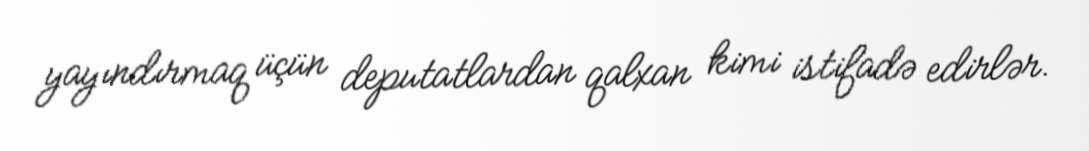
yayındırmaq üçün deputatlardan qalxan kimi istifadə edirlər.